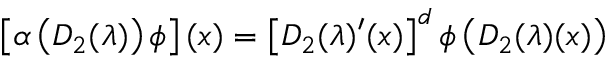
\left[ \alpha \left( D _ { 2 } ( \lambda ) \right) \phi \right] ( x ) = \left[ D _ { 2 } ( \lambda ) ^ { \prime } ( x ) \right] ^ { d } \phi \left( D _ { 2 } ( \lambda ) ( x ) \right)